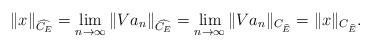
LaTeX: \begin{align*}\|x\|_{\widehat{C_E}}=\lim_{n\to\infty}\|V a_n\|_{\widehat{C_E}}=\lim_{n\to\infty}\|V a_n\|_{C_{\widehat{E}}}=\|x\|_{C_{\widehat{E}}}.\end{align*}